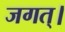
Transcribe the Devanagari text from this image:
जगत्‌।